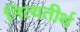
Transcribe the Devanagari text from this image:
नित्यतीर्थ